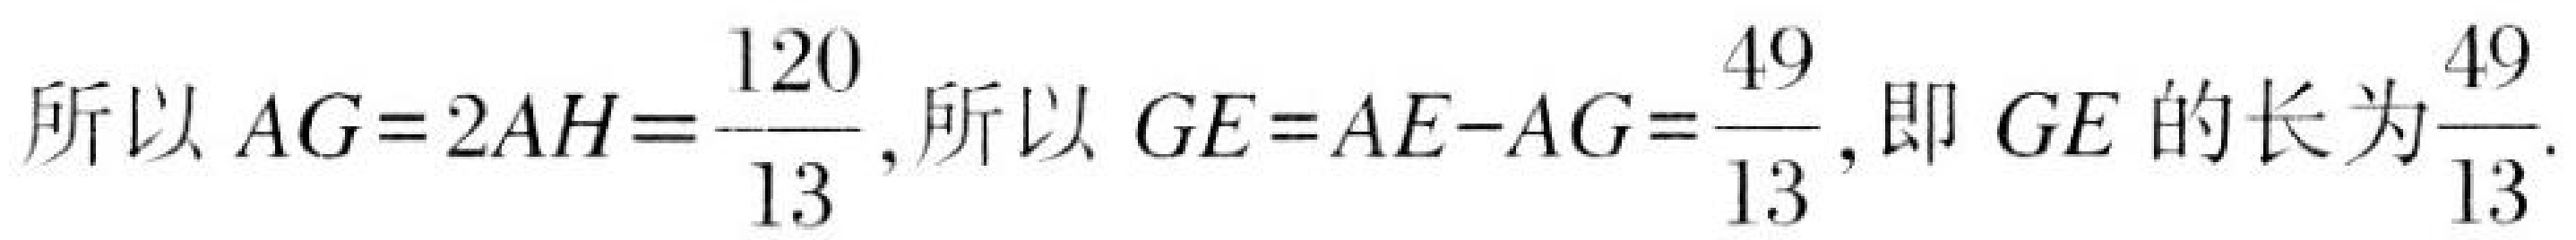
所以$AG = 2AH=\dfrac{120}{13}$，所以$GE = AE - AG=\dfrac{49}{13}$，即$GE$的长为$\dfrac{49}{13}$.